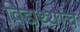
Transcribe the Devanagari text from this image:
विद्यर्थ्यांचे